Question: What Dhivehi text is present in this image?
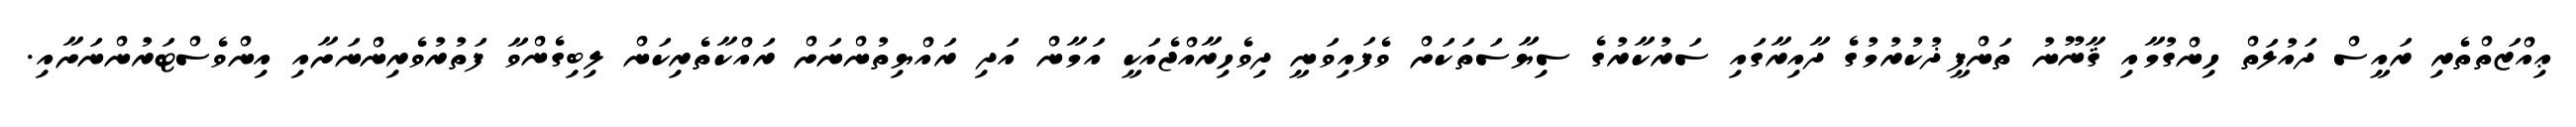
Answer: ޢިއްޒަތްތެރި ރައީސް ދައުލަތް ހިންގުމާއި ޤާނޫނު ތަންފީޛުކުރުމުގެ ދާއިރާގައި ސަރުކާރުގެ ސިޔާސަތަކަށް ވެފައިވަނީ ދިވެހިރާއްޖެއަކީ އަމާން އަދި ރައްޔިތުންނަށް ރައްކާތެރިކަން ލިބިގެންވާ ފަތުރުވެރިންނަށާއި އިންވެސްޓަރުންނަށާއި.